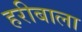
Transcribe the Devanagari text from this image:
हरीबाला